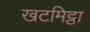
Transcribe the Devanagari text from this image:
खटमिट्ठा